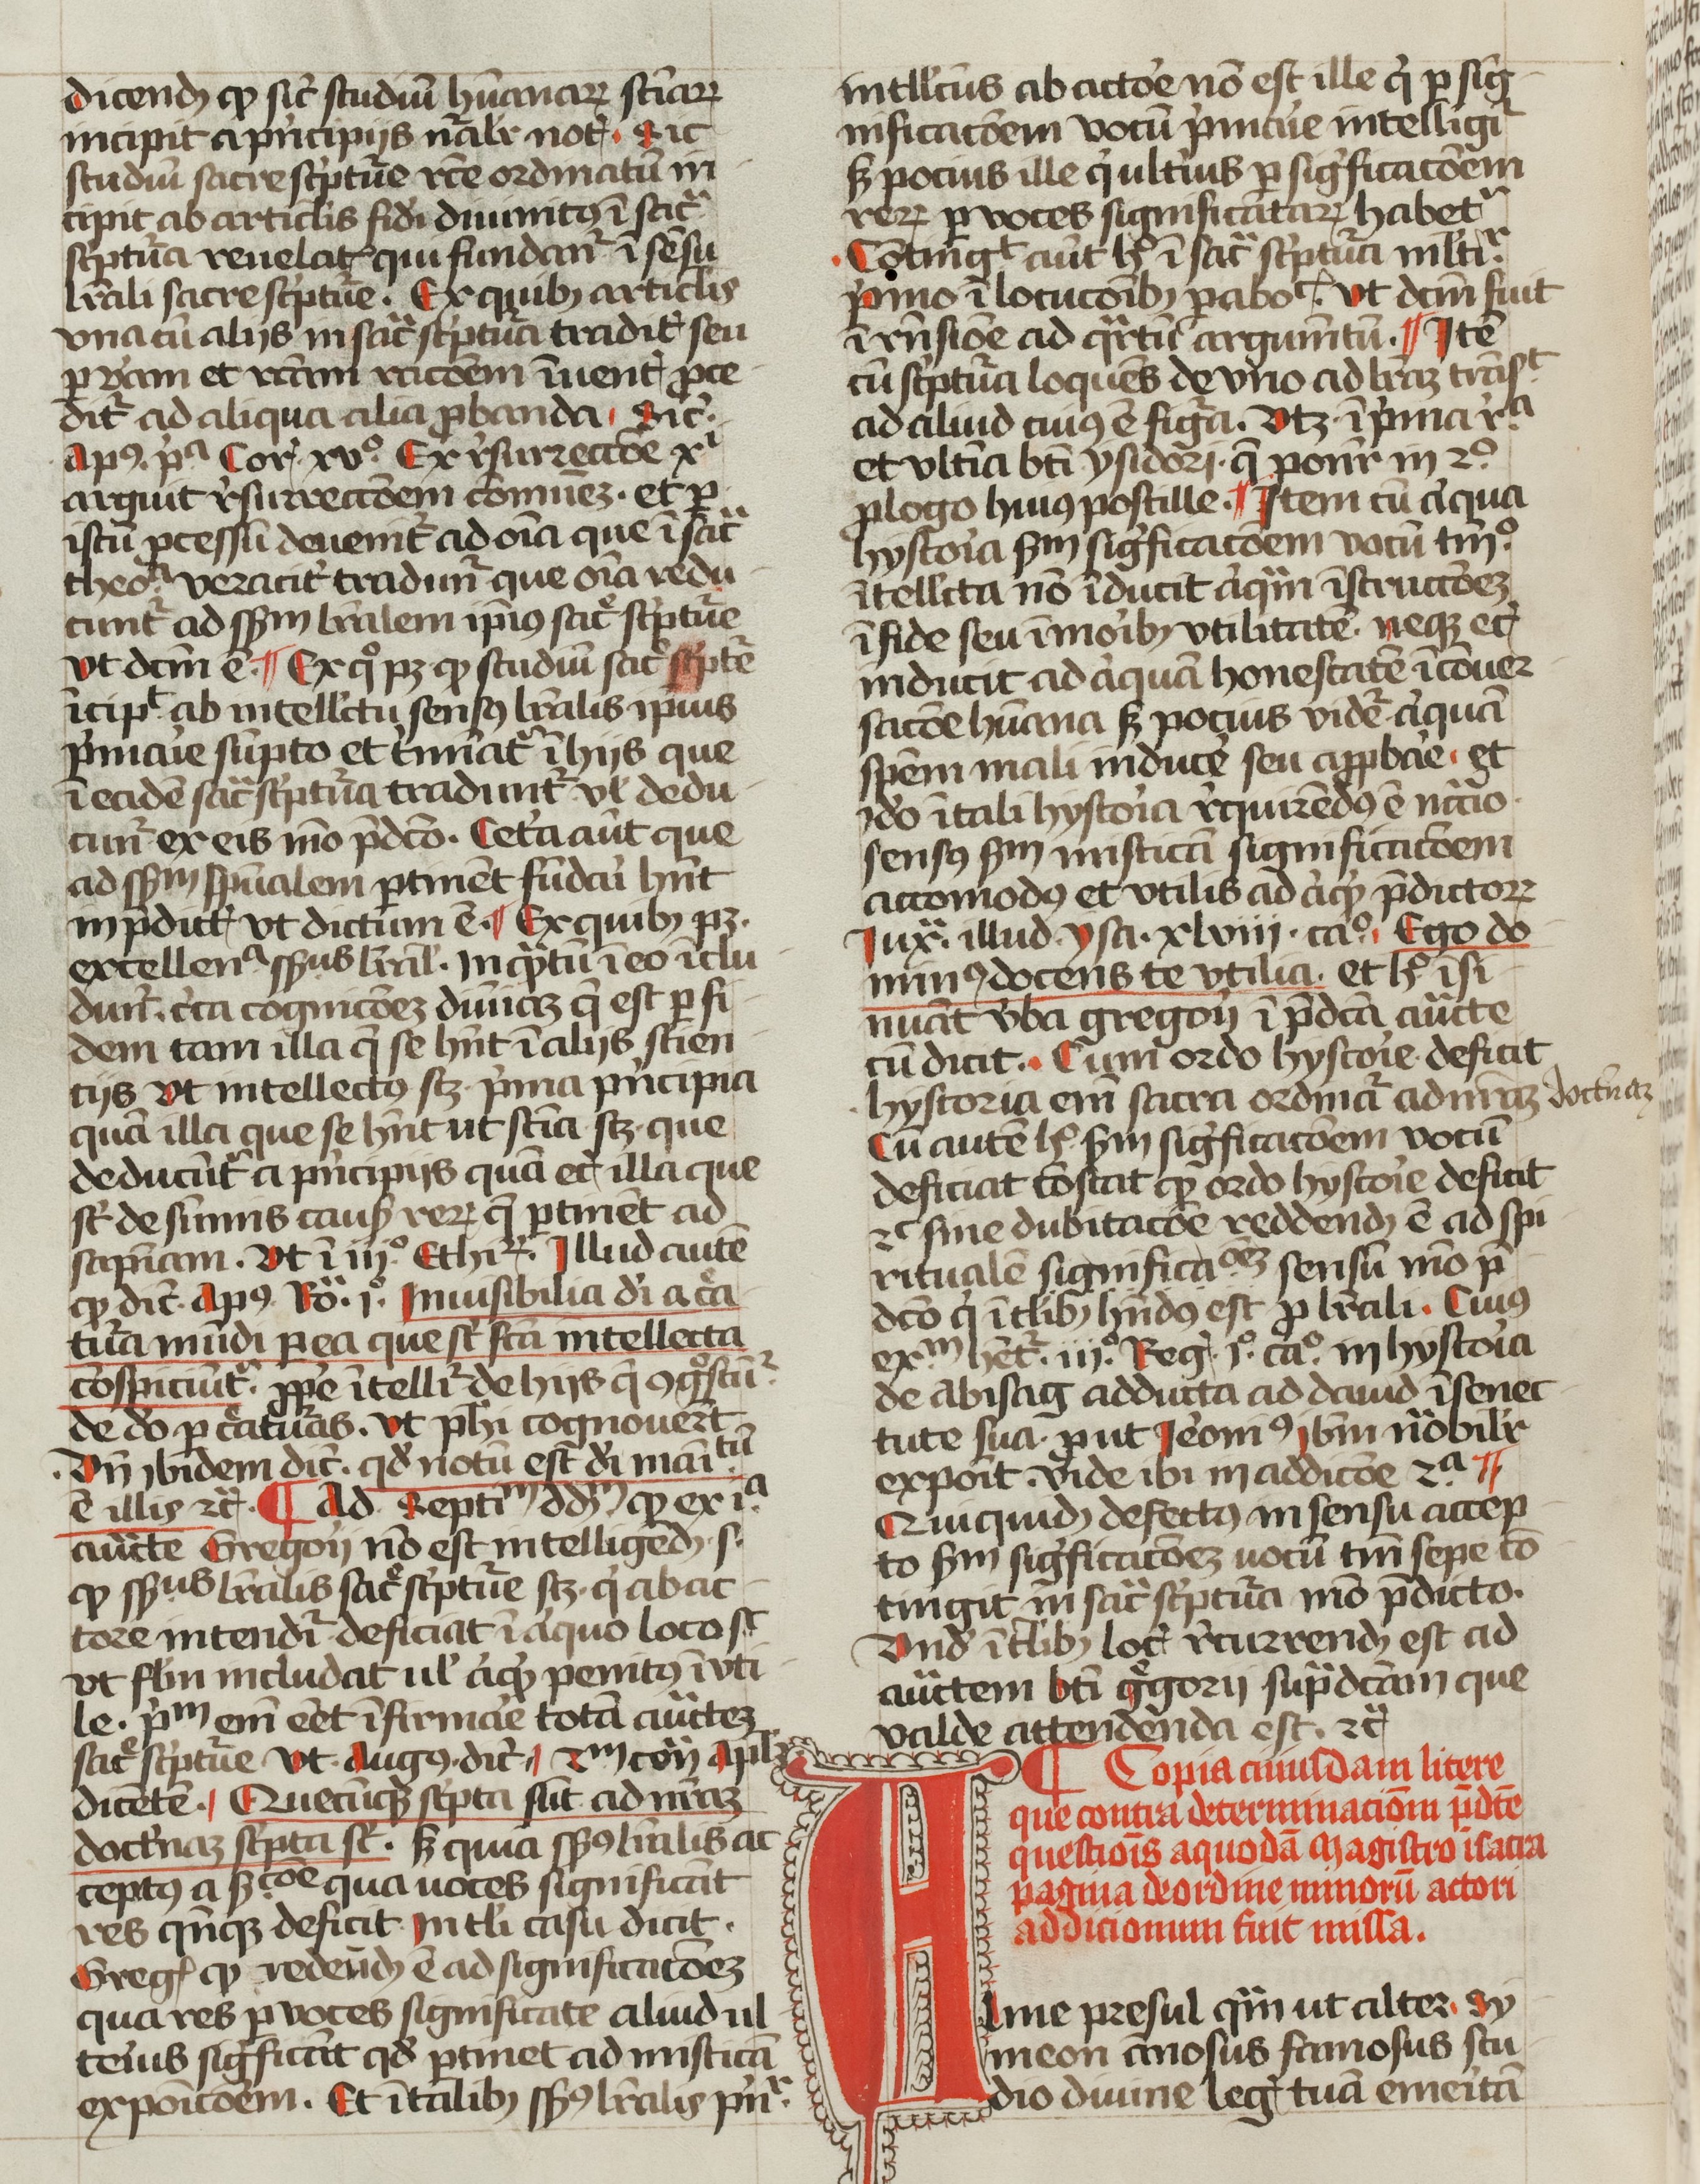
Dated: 1400–1499